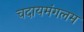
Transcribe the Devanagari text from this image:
चदायमंगलम